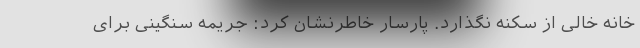
خانه خالی از سکنه نگذارد. پارسار خاطرنشان کرد: جریمه سنگینی برای